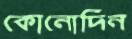
কোনোদিন